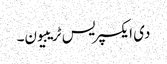
دی ایکسپریس ٹریبیون۔